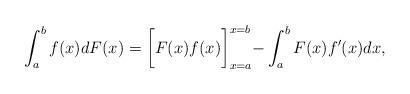
LaTeX: \begin{align*}\int_a^bf(x)dF(x)=\biggl[F(x)f(x)\biggl]_{x=a}^{x=b}-\int_a^bF(x)f'(x)dx,\end{align*}